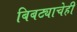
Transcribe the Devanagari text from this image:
बिबट्याचेही